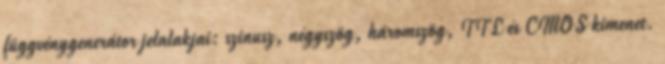
függvénygenerátor jelalakjai: szinusz, négyszög, háromszög, TTL és CMOS kimenet.